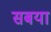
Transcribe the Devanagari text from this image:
सबया